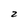
Character: 2